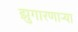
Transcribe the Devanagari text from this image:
झुगारणाऱ्या